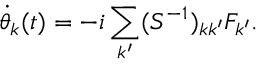
\dot { \theta } _ { k } ( t ) = - i \sum _ { k ^ { \prime } } ( S ^ { - 1 } ) _ { k k ^ { \prime } } F _ { k ^ { \prime } } .